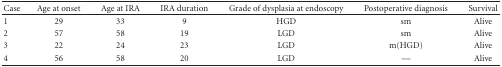
<table><thead><tr><td><b>Case</b></td><td><b>Age at onset</b></td><td><b>Age at IRA</b></td><td><b>IRA duration</b></td><td><b>Grade of dysplasia at endoscopy</b></td><td><b>Postoperative diagnosis</b></td><td><b>Survival</b></td></tr></thead><tbody><tr><td>1</td><td>29</td><td>33</td><td>9</td><td>HGD</td><td>sm</td><td>Alive</td></tr><tr><td>2</td><td>57</td><td>58</td><td>19</td><td>LGD</td><td>sm</td><td>Alive</td></tr><tr><td>3</td><td>22</td><td>24</td><td>23</td><td>LGD</td><td>m(HGD)</td><td>Alive</td></tr><tr><td>4</td><td>56</td><td>58</td><td>20</td><td>LGD</td><td>—</td><td>Alive</td></tr></tbody></table>